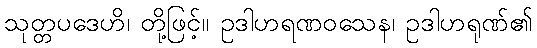
သုတ္တပဒေဟိ၊ တို့ဖြင့်။ ဥဒါဟရဏဝသေန၊ ဥဒါဟရုဏ်၏